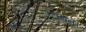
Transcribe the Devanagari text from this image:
उलझन।